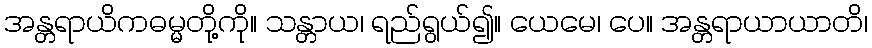
အန္တရာယိကဓမ္မတို့ကို။ သန္တာယ၊ ရည်ရွယ်၍။ ယေမေ၊ ပေ။ အန္တရာယာယာတိ၊